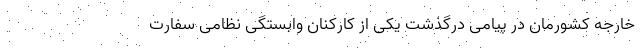
خارجه کشورمان در پیامی درگذشت یکی از کارکنان وابستگی نظامی سفارت